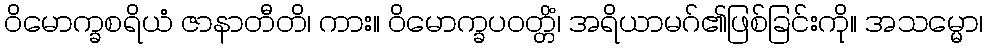
ဝိမောက္ခစရိယံ ဇာနာတီတိ၊ ကား။ ဝိမောက္ခပဝတ္တိံ၊ အရိယာမဂ်၏ဖြစ်ခြင်းကို။ အသမ္မော၊